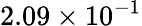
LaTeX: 2.09\times 10^{-1}